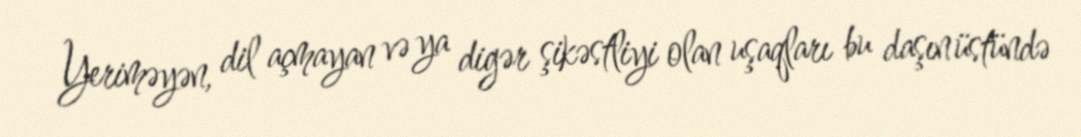
Yeriməyən, dil açmayan və ya digər şikəstliyi olan uşaqları bu daşın üstündə